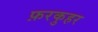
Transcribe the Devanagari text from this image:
फ़रकुहर